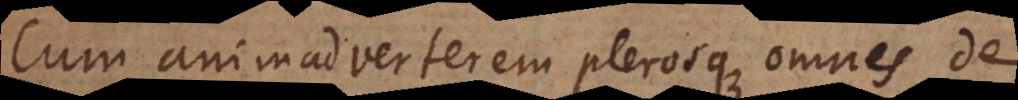
Cum animadverterem plerosque omnes de